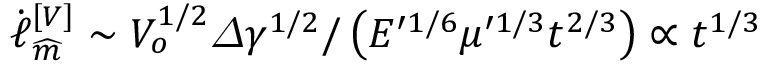
\dot { \ell } _ { \widehat { m } } ^ { \left[ V \right] } \sim V _ { o } ^ { 1 / 2 } \varDelta \gamma ^ { 1 / 2 } / \left( E ^ { \prime 1 / 6 } \mu ^ { \prime 1 / 3 } t ^ { 2 / 3 } \right) \propto t ^ { 1 / 3 }